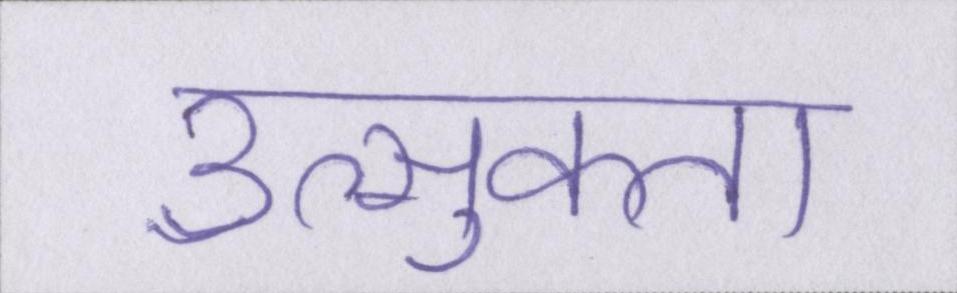
उत्सुकता